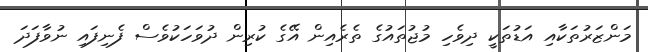
މަންޒަރުތަކާއި އަޑުތަކީ ދިވެހި މުޖުތައުގެ ތެރެއިން އޭގެ ކުރިން ދުވަހަކުވެސް ފެނިފައި ނުވާފަދަ